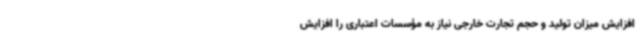
افزایش میزان تولید و حجم تجارت خارجی نیاز به مؤسسات اعتباری را افزایش